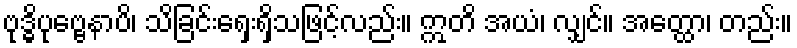
ဗုဒ္ဓိပုဗ္ဗေနာပိ၊ သိခြင်းရှေးရှိသဖြင့်လည်း။ ဣတိ အယံ၊ လျှင်။ အတ္ထော၊ တည်း။